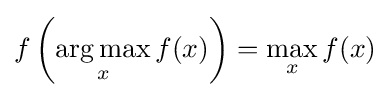
f\left({\underset {x}{\operatorname {arg\,max} }}\,f(x)\right)=\max _{x}f(x)